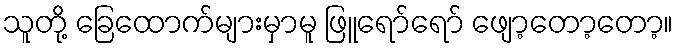
သူတို့ ခြေထောက်များမှာမူ ဖြူရော်ရော် ဖျော့တော့တော့။